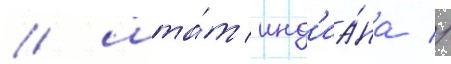
/ шта́т инд'иа́на //